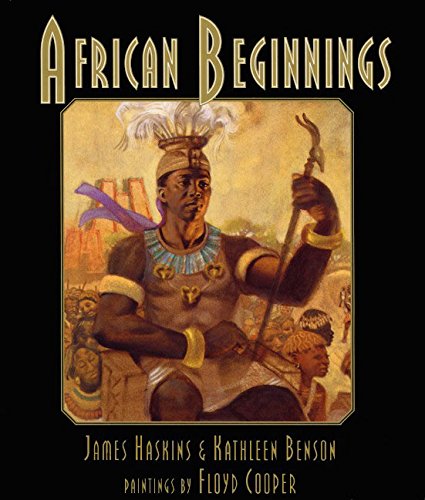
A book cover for African Beginnings; James Haskins; Children's Books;